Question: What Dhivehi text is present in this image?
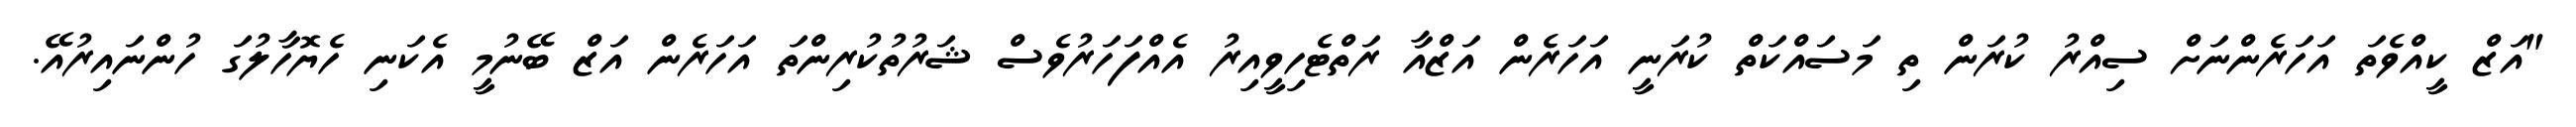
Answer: "އަޒް ކީއްވެތަ އަހަރެންނަށް ސިއްރު ކުރަން ތި މަސައްކަތް ކުރަނީ އަހަރެން އަޒްއާ ރަތްޓެހިވީއިރު އެއްފަހަރުވެސް ޝަރުތުކުރިންތަ އަހަރެން އަޒް ބޭނުމީ އެކަނި ހެޔޮހާލުގަ ހުންނައިރުއޭ.